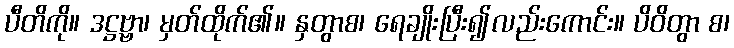
ပီတိကို။ ဒဋ္ဌဗ္ဗာ၊ မှတ်ထိုက်၏။ နှတွာစ၊ ရေချိုးပြီး၍လည်းကောင်း။ ပိဝိတွာ စ၊